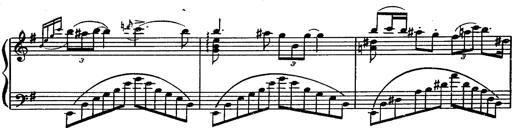
Title: Magyar rapszÃ³diÃ¡k
Composer: Franz Liszt